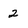
Character: 2